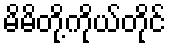
မိမိတို့ကိုယ်တိုင်